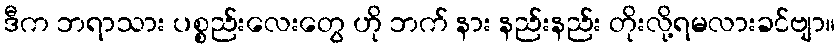
ဒီက ဘရာသား ပစ္စည်းလေးတွေ ဟို ဘက် နား နည်းနည်း တိုးလို့ရမလားခင်ဗျာ။